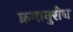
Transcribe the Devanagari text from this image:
क्रमानुरोध